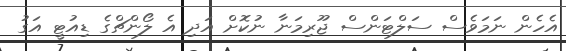
އެހެން ނަމަވެސް ސަލްޓަންސް ޖޫރިމަނާ ނުކޮށް އަދި އެ ލޯންޗްގެ ޑިއުޓީ އަގު